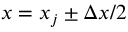
x = x _ { j } \pm \Delta x / 2